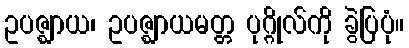
ဥပဇ္ဈာယ၊ ဥပဇ္ဈာယမတ္တ ပုဂ္ဂိုလ်ကို ခွဲပြပုံ။